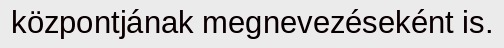
központjának megnevezéseként is.